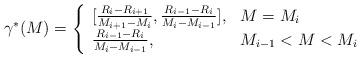
LaTeX: \begin{align*}\gamma^*(M)=\left\{\begin{array}{lll}[\frac{R_{i}-R_{i+1}}{M_{i+1}-M_{i}},\frac{R_{i-1}-R_{i}}{M_{i}-M_{i-1}}], & M = M_i \\\frac{R_{i-1}-R_{i}}{M_{i}-M_{i-1}}, & M_{i-1}< M <M_{i}\end{array}\right.\end{align*}